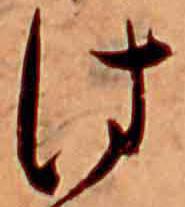
は